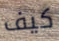
كيف